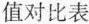
值对比表